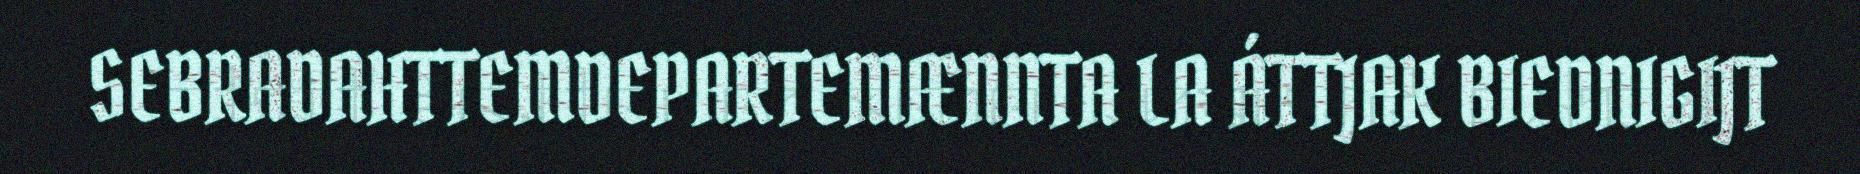
SEBRADAHTTEMDEPARTEMÆNNTA LA ÁTTJAK BIEDNIGIJT